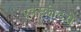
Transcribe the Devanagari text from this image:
एक्स्क्रीटरी